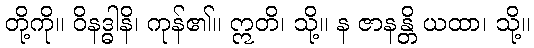
တို့ကို။ ဝိနဒ္ဓါနိ၊ ကုန်၏။ ဣတိ၊ သို့။ န ဇာနန္တိ ယထာ၊ သို့။